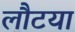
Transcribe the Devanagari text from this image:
लौटया